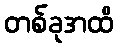
တစ်ခုအထိ